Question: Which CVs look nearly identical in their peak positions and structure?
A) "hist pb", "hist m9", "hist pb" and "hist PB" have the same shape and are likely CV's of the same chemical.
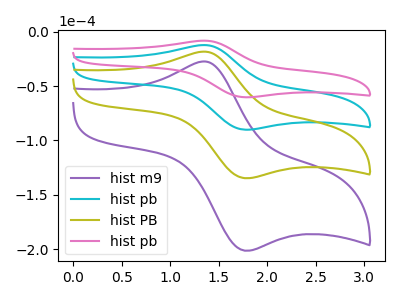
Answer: <think>The purple curve "hist m9" has an anodic peak at (1.35V, -36.65uA) and a cathodic peak at (1.80V, -270.45uA). The cyan curve "hist pb" has an anodic peak at (1.35V, -12.20uA) and a cathodic peak at (1.80V, -90.15uA). The olive curve "hist PB" has an anodic peak at (1.35V, -24.40uA) and a cathodic peak at (1.80V, -180.30uA). The pink curve "hist pb" has an anodic peak at (1.35V, -8.15uA) and a cathodic peak at (1.80V, -60.30uA).
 All the peaks in "hist m9" have a peak in "hist pb" at the same potential. All the peaks in "hist m9" have a peak in "hist PB" at the same potential. All the peaks in "hist m9" have a peak in "hist pb" at the same potential. All the peaks in "hist pb" have a peak in "hist PB" at the same potential. All the peaks in "hist pb" have a peak in "hist pb" at the same potential. All the peaks in "hist PB" have a peak in "hist pb" at the same potential.</think>
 <answer>A) "hist pb", "hist m9", "hist pb" and "hist PB" have the same shape and are likely CV's of the same chemical.</answer>
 <eval>A</eval>